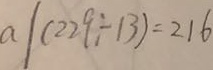
a \vert ( 2 2 9 \div 1 3 ) = 2 1 6